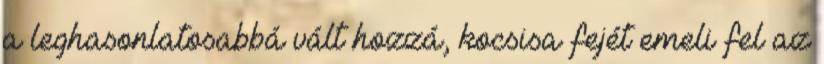
a leghasonlatosabbá vált hozzá, kocsisa fejét emeli fel az